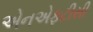
એનએફટીસી